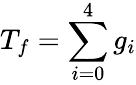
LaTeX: T_{f}=\sum_{i=0}^{4}g_{i}